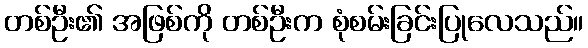
တစ်ဦး၏ အဖြစ်ကို တစ်ဦးက စုံစမ်းခြင်းပြုလေသည်။